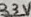
Text: 33V